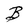
Character: B